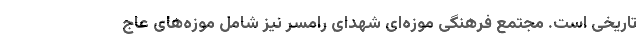
تاریخی است. مجتمع فرهنگی موزه‌ای شهدای رامسر نیز شامل موزه‌های عاج